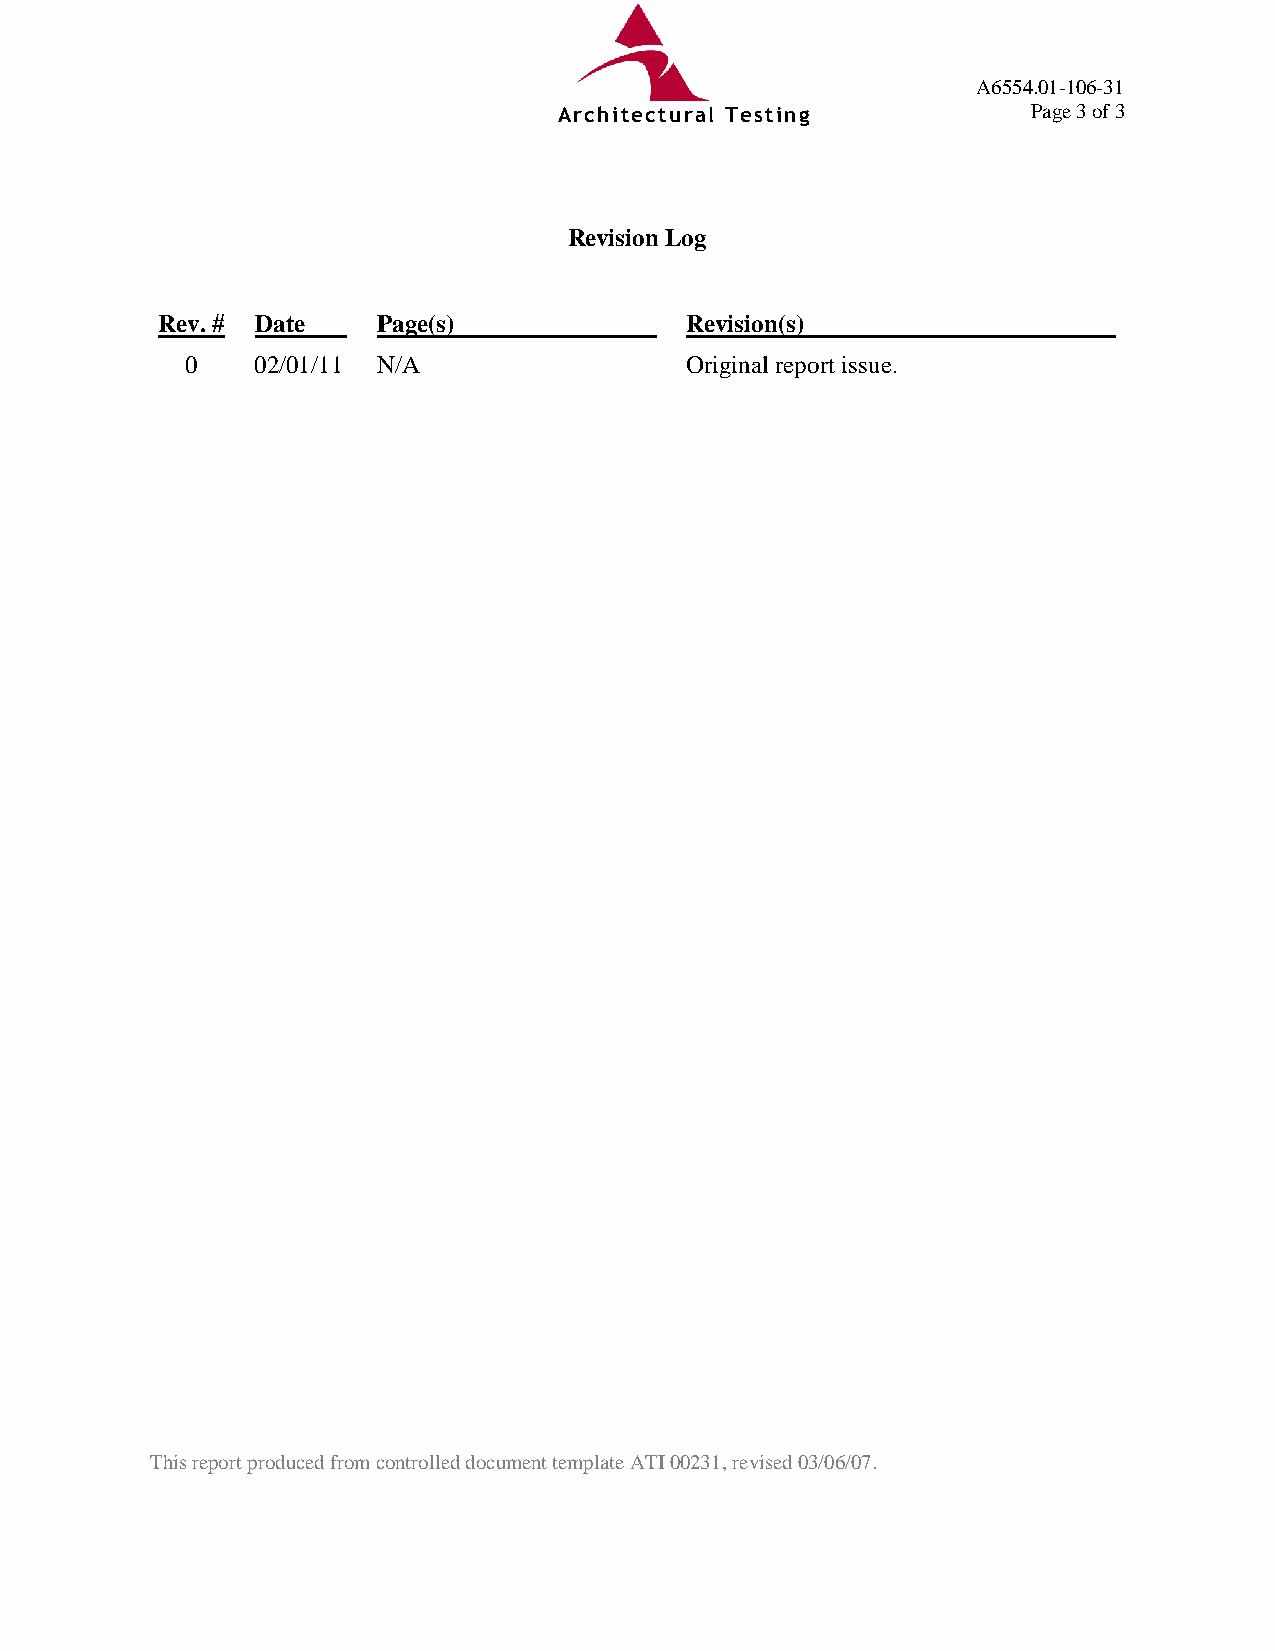
A6554.01-106-31
 Architectural Testing          Page 3 of 3
 Revision Log
 Rev. # Date    Page(s)             Revision(s)
 0    02/01/11 N/A                Original report issue.
 This report produced from controlled document template ATI 00231, revised 03/06/07.